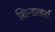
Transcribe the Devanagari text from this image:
शिन्डलर्स